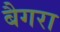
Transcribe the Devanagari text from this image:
बैगरा